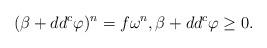
LaTeX: \begin{align*}(\beta + dd^c \varphi)^n = f\omega^n, \beta + dd^c \varphi \geq 0.\end{align*}